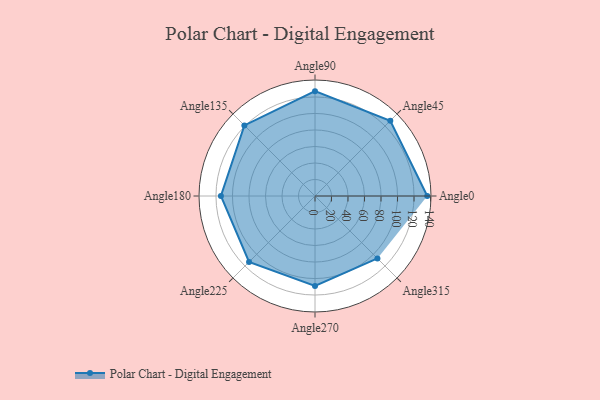
{"axis": {"x": "Angle", "y": "Radius"}, "legend": [""], "data": [{"x": "Angle0", "y": 136.0, "type": ""}, {"x": "Angle45", "y": 129.0, "type": ""}, {"x": "Angle90", "y": 127.0, "type": ""}, {"x": "Angle135", "y": 121.0, "type": ""}, {"x": "Angle180", "y": 114.0, "type": ""}, {"x": "Angle225", "y": 113.0, "type": ""}, {"x": "Angle270", "y": 109.0, "type": ""}, {"x": "Angle315", "y": 107.0, "type": ""}]}